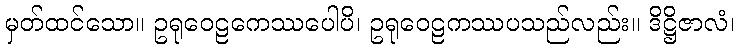
မှတ်ထင်သော။ ဥရုဝေဠကေဿပေါပိ၊ ဥရုဝေဠကဿပသည်လည်း။ ဒိဋ္ဌိဇာလံ၊